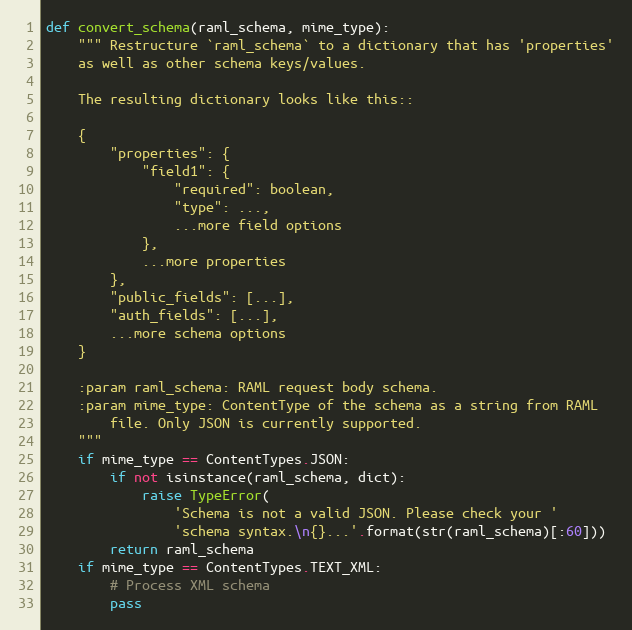
Language: Python
def convert_schema(raml_schema, mime_type):
    """ Restructure `raml_schema` to a dictionary that has 'properties'
    as well as other schema keys/values.

    The resulting dictionary looks like this::

    {
        "properties": {
            "field1": {
                "required": boolean,
                "type": ...,
                ...more field options
            },
            ...more properties
        },
        "public_fields": [...],
        "auth_fields": [...],
        ...more schema options
    }

    :param raml_schema: RAML request body schema.
    :param mime_type: ContentType of the schema as a string from RAML
        file. Only JSON is currently supported.
    """
    if mime_type == ContentTypes.JSON:
        if not isinstance(raml_schema, dict):
            raise TypeError(
                'Schema is not a valid JSON. Please check your '
                'schema syntax.\n{}...'.format(str(raml_schema)[:60]))
        return raml_schema
    if mime_type == ContentTypes.TEXT_XML:
        # Process XML schema
        pass